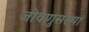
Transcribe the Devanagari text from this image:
जीवणुसंख्या